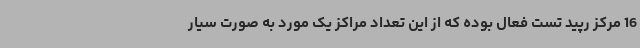
16 مرکز رپید تست فعال بوده که از این تعداد مراکز یک مورد به صورت سیار